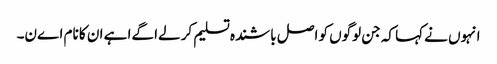
انہوں نے کہا کہ جن لوگوں کو اصل باشندہ تسلیم کر لےا گےا ہے ان کا نام اےن۔